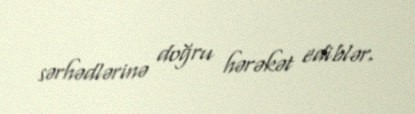
sərhədlərinə doğru hərəkət ediblər.